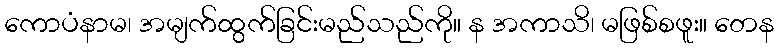
ကောပံနာမ၊ အမျက်ထွက်ခြင်းမည်သည်ကို။ န အကာသိ၊ မဖြစ်စဖူး။ တေန